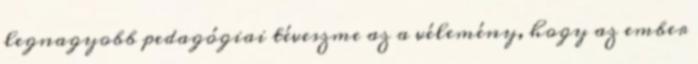
legnagyobb pedagógiai téveszme az a vélemény, hogy az ember